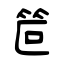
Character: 笸